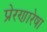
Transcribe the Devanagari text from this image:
प्रेरणारेषा